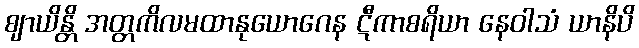
ဈာယိန္တိ အတ္တကိလမထာနုယောဂေန ဋီကာစရိယာ နေဝါသံ ယာနိပိ